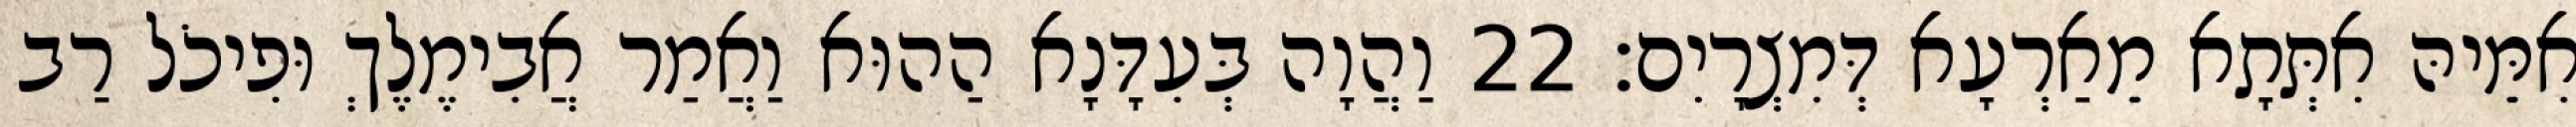
אִמֵּיהּ אִתְּתָא מֵאַרְעָא דְּמִצְרָיִם׃ 22 וַהֲוָה בְּעִדָּנָא הַהוּא וַאֲמַר אֲבִימֶלֶךְ וּפִיכֹל רַב